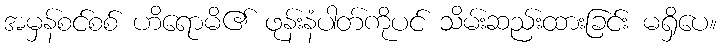
အမှန်စင်စစ် ဟိရောမိ၏ ဖုန်းနံပါတ်ကိုပင် သိမ်းဆည်းထားခြင်း မရှိပေ။